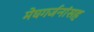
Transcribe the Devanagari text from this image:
मेघगर्जनांसह